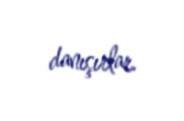
danışırlar.